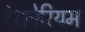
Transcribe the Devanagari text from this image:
रेशनेरियम